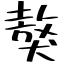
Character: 獒